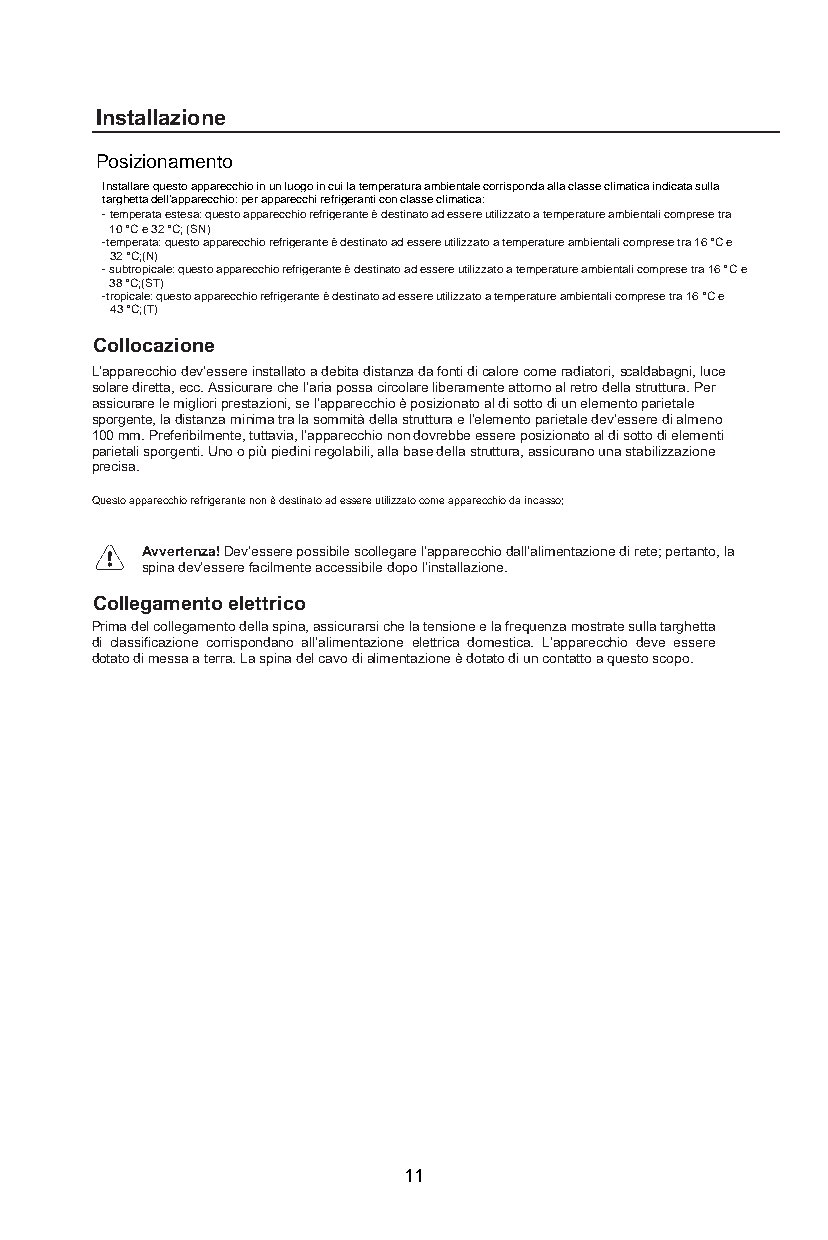
Installazione
 Posizionamento
 Installare questo apparecchio in un luogo in cui la temperatura ambientale corrisponda alla classe climatica indicata sulla
 targhetta dell'apparecchio: per apparecchi refrigeranti con classe climatica:
 - temperata estesa: questo apparecchio refrigerante è destinato ad essere utilizzato a temperature ambientali comprese tra
 10 °C e 32 °C; (SN)
 -temperata: questo apparecchio refrigerante è destinato ad essere utilizzato a temperature ambientali comprese tra 16 °C e
 32 °C;(N)
 - subtropicale: questo apparecchio refrigerante è destinato ad essere utilizzato a temperature ambientali comprese tra 16 °C e
 38 °C;(ST)
 -tropicale: questo apparecchio refrigerante è destinato ad essere utilizzato a temperature ambientali comprese tra 16 °C e
 43 °C;(T)
 Collocazione
 L’apparecchio dev’essere installato a debita distanza da fonti di calore come radiatori, scaldabagni, luce
 solare diretta, ecc. Assicurare che l’aria possa circolare liberamente attorno al retro della struttura. Per
 assicurare le migliori prestazioni, se l’apparecchio è posizionato al di sotto di un elemento parietale
 sporgente, la distanza minima tra la sommità della struttura e l’elemento parietale dev’essere di almeno
 100 mm. Preferibilmente, tuttavia, l’apparecchio non dovrebbe essere posizionato al di sotto di elementi
 parietali sporgenti. Uno o più piedini regolabili, alla base della struttura, assicurano una stabilizzazione
 precisa.
 Questo apparecchio refrigerante non è destinato ad essere utilizzato come apparecchio da incasso;
 Avvertenza! Dev’essere possibile scollegare l’apparecchio dall’alimentazione di rete; pertanto, la
 spina dev’essere facilmente accessibile dopo l’installazione.
 Collegamento elettrico
 Prima del collegamento della spina, assicurarsi che la tensione e la frequenza mostrate sulla targhetta
 di classificazione corrispondano all’alimentazione elettrica domestica. L’apparecchio deve essere
 dotato di messa a terra. La spina del cavo di alimentazione è dotato di un contatto a questo scopo.
 11